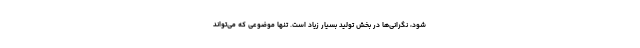
شود، نگرانی‌ها در بخش تولید بسیار زیاد است. تنها موضوعی که می‌تواند